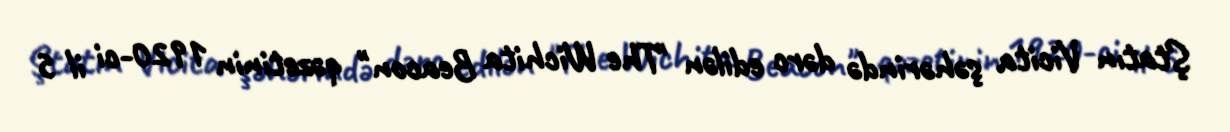
Ştatın Vicita şəhərində dərc edilən "The Wichita Beacon" qəzetinin 1920-ci il 5